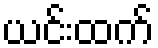
ယင်းထက်